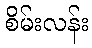
စိမ်းလန်း